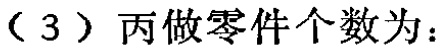
（3）丙做零件个数为：